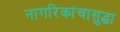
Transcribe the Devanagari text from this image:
नागरिकांचासुद्धा